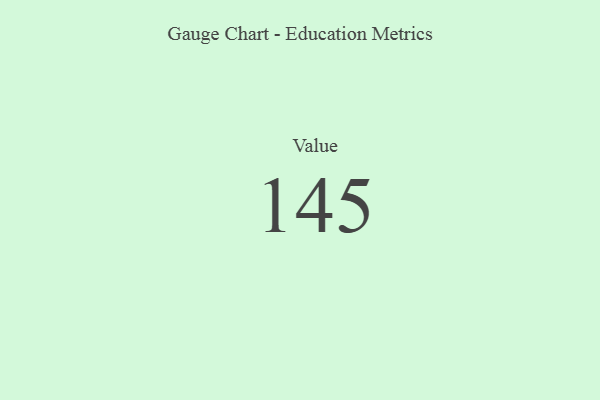
{"axis": {"x": "Metric", "y": "Value"}, "legend": [""], "data": [{"x": "Value", "y": 145, "type": ""}]}